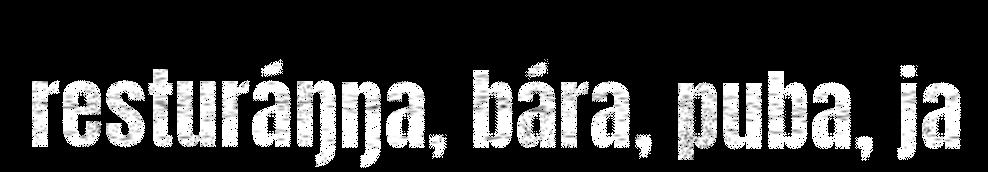
resturáŋŋa, bára, puba, ja